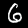
Digit: 6